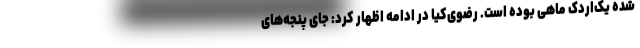
شده یک‌اردک ماهی بوده است. رضوی‌کیا در ادامه اظهار کرد: جای پنجه‌های